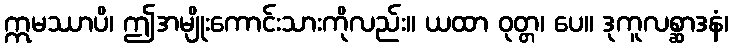
ဣမဿာပိ၊ ဤအမျိုးကောင်းသားကိုလည်း။ ယထာ ဝုတ္တ၊ ပေ။ ဒုကူလစ္ဆာဒနံ၊